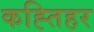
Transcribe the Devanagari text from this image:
कह्तिहर